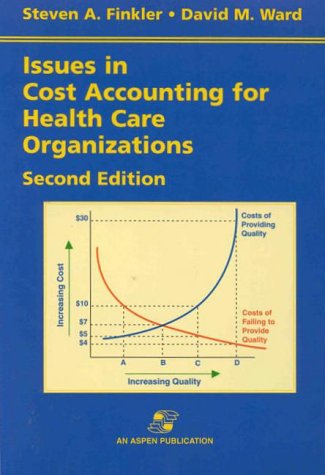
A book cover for Issues in Cost Accounting for Health Care Organizations; Steven A. Finkler; Medical Books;